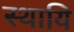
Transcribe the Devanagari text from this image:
स्थायि